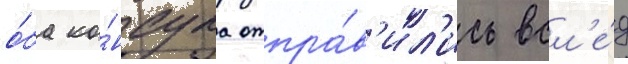
о́ба ко́нсула отпра́в'ил'ись всл'е́д